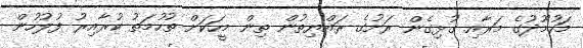
މަހުމޫދުގެ މަރާއި ގުޅިގެން ރަށުގެ ރައްޔިތުން ތިން މީހަކަށް ތުހުމަތު ކުރާއިރު ފުލުހުން